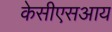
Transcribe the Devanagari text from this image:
केसीएसआय